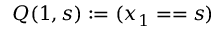
Q ( 1 , s ) : = ( x _ { 1 } = = s )